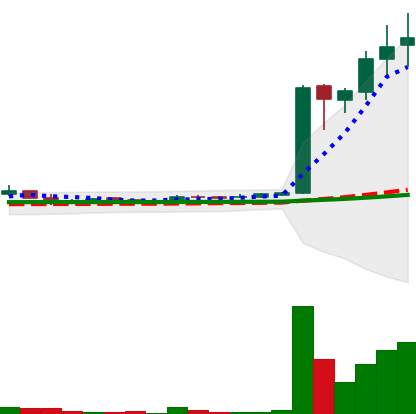
Ticker: LTC-USD
Chart end date: 2017-04-04
Forward return: 5.073%
Label: up_5_7